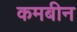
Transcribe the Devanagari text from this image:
कमबीन